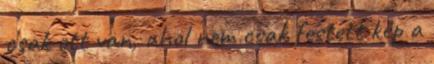
csak ott van, ahol nem csak festett kép a